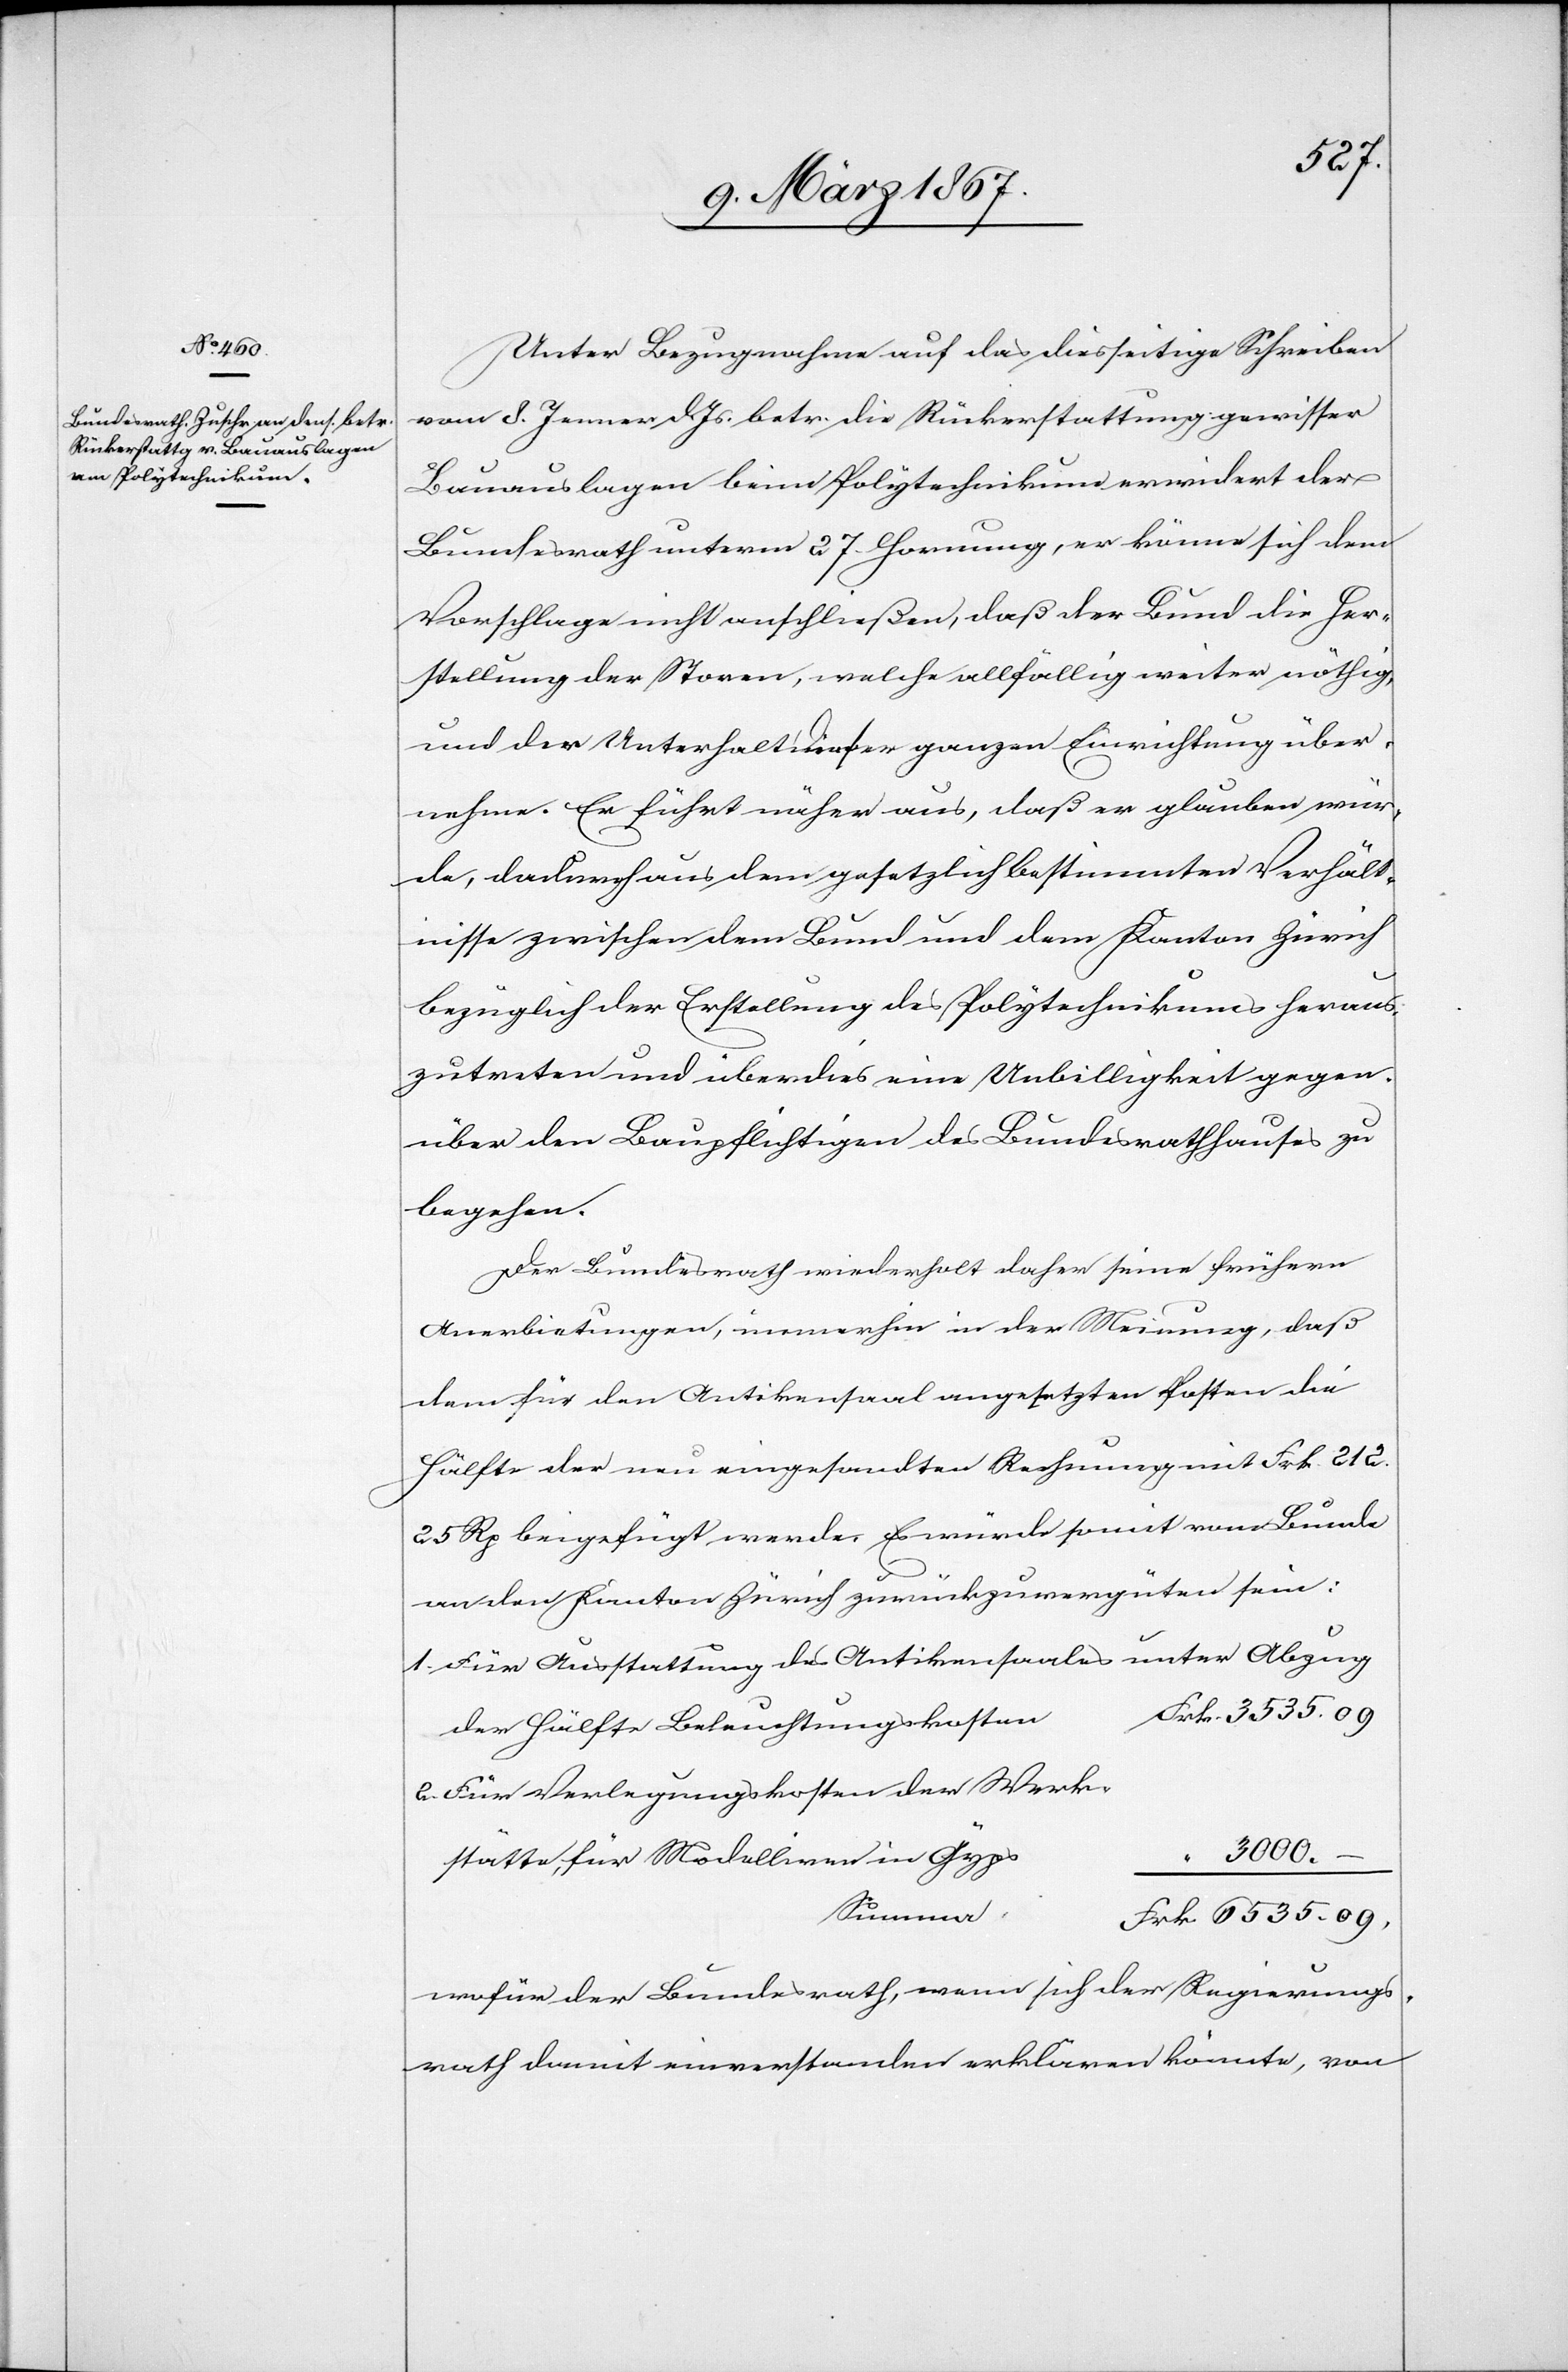
Unter Bezugnahme auf das diesseitige Schreiben
vom 8. Jenner d. Js betr. die Rückerstattung gewisser
Bauauslagen beim Polytechnikum erwidert der
Bundesrath unterm 27. Hornung, er könne sich dem
Vorschlage nicht anschließen, daß der Bund die Her¬
stellung der Storen, welche allfällig weiter nöthig,
und den Unterhalt dieser ganzen Einrichtung über¬
nehme. Er führt näher aus, daß er glauben wür¬
de, dadurch aus dem gesetzlich bestimmten Verhält¬
nisse zwischen dem Bund und dem Kanton Zürich
bezüglich der Erstellung des Polytechnikums heraus¬
zutreten und überdies eine Unbilligkeit gegen¬
über den Baupflichtigen des Bundesrathhauses zu
begehen.
Der Bundesrath wiederholt daher seine frühern
Anerbietungen, immerhin in der Meinung, daß
dem für den Antikensaal angesetzten Posten die
Hälfte der neu eingesandten Rechnungen mir Frk. 212.
25 Rp beigefügt werde. Es würde somit vom Bunde
an den Kanton Zürich zurückzuvergüten sein:
1.	Für Ausstattung des Antikensaals unter Abzug
2. 	Für Verlegungskosten der Werk¬
“ 3000.
stätte, für Modelliren in Gyps
Summ¬
a	Frk. 6535.09.
wofür der Bundesrath, wenn sich der Regierungs¬
rath damit einverstanden erklären könnte, von